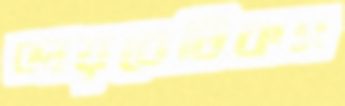
ডায়বেটিকস